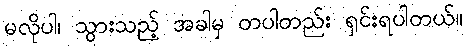
မလိုပါ၊ သွားသည့် အခါမှ တပါတည်း ရှင်းရပါတယ်။